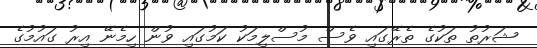
ޝަރުތު ތަކުގެ ތެރޭގައި ވެސް މުސްލިމަކު ކަމުގައި ވުން ހިމެނޭ އިރު ގައުމުގެ